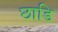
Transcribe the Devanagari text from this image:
छाडि